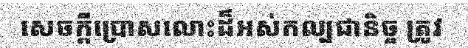
សេចក្តីប្រោសលោះដ៏អស់កល្បជានិច្ច ត្រូវ